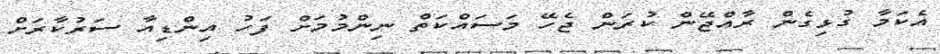
އެކަމާ ގުޅިގެން ރާއްޖޭން ކުރަން ޖެހޭ މަސައްކަތް ނިންމުމަށް ފަހު އިންޑިއާ ސަރުކާރަށް